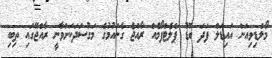
މޯލްޑިވިއަން އައިޑަލް ފަދަ ބޮޑު ޕްލެޓްފޯމެއް ރާއްޖެ ގެނައުމުގެ މަގުސަދަކަށްވާނީ ރާއްޖޭގައި ތިބި